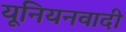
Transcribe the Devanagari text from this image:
यूनियनवादी